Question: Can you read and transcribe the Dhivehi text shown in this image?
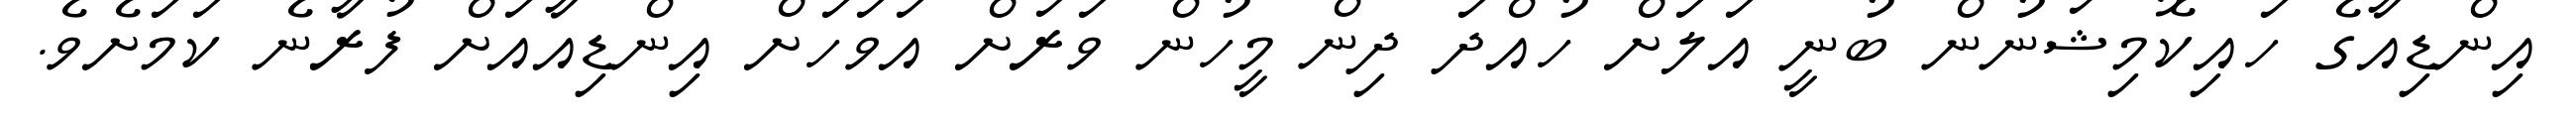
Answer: އިންޑިއާގެ ހައިކޮމިޝަނުން ބުނީ އަލަށް ހުއްދަ ދިން މީހުން ވަރަށް އަވަހަށް އިންޑިއާއަށް ފުރާނެ ކަމަށެވެ.